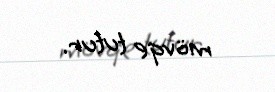
mövqe tutur.